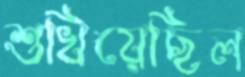
শুখিয়েছিল